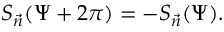
S _ { \vec { n } } ( \Psi + 2 \pi ) = - S _ { \vec { n } } ( \Psi ) .